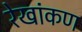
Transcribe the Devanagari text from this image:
रेखांकण